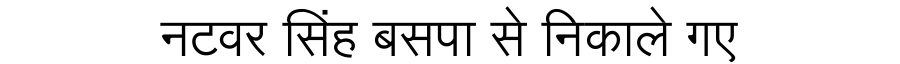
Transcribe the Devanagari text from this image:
नटवर सिंह बसपा से निकाले गए